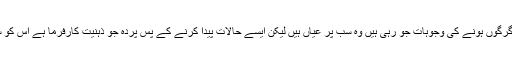
مہاراشٹرا میں حالات کے دگرگوں ہونے کی وجوہات جو رہی ہیں وہ سب پر عیاں ہیں لیکن ایسے حالات پیدا کرنے کے پس پردہ جو ذہنیت کارفرما ہے اس کو سمجھنے کی ضرورت ہے ۔